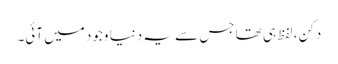
دکن، لفظ ہی تھا جس سے یہ دنیا وجود میں آئی۔